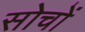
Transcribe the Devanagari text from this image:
सोचों